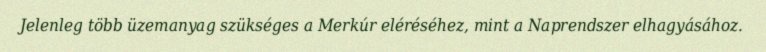
Jelenleg több üzemanyag szükséges a Merkúr eléréséhez, mint a Naprendszer elhagyásához.